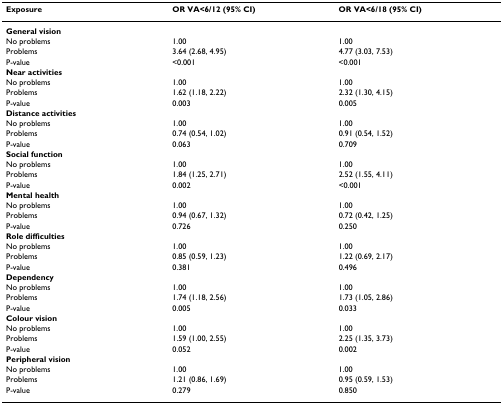
| Exposure | OR VA<6/12 (95% CI) | OR VA<6/18 (95% CI) |
 | --- | --- | --- |
 | General vision |  |  |
 | No problems | 1.00 | 1.00 |
 | Problems | 3.64 (2.68, 4.95) | 4.77 (3.03, 7.53) |
 | P-value | <0.001 | <0.001 |
 | Near activities |  |  |
 | No problems | 1.00 | 1.00 |
 | Problems | 1.62 (1.18, 2.22) | 2.32 (1.30, 4.15) |
 | P-value | 0.003 | 0.005 |
 | Distance activities |  |  |
 | No problems | 1.00 | 1.00 |
 | Problems | 0.74 (0.54, 1.02) | 0.91 (0.54, 1.52) |
 | P-value | 0.063 | 0.709 |
 | Social function |  |  |
 | No problems | 1.00 | 1.00 |
 | Problems | 1.84 (1.25, 2.71) | 2.52 (1.55, 4.11) |
 | P-value | 0.002 | <0.001 |
 | Mental health |  |  |
 | No problems | 1.00 | 1.00 |
 | Problems | 0.94 (0.67, 1.32) | 0.72 (0.42, 1.25) |
 | P-value | 0.726 | 0.250 |
 | Role difficulties |  |  |
 | No problems | 1.00 | 1.00 |
 | Problems | 0.85 (0.59, 1.23) | 1.22 (0.69, 2.17) |
 | P-value | 0.381 | 0.496 |
 | Dependency |  |  |
 | No problems | 1.00 | 1.00 |
 | Problems | 1.74 (1.18, 2.56) | 1.73 (1.05, 2.86) |
 | P-value | 0.005 | 0.033 |
 | Colour vision |  |  |
 | No problems | 1.00 | 1.00 |
 | Problems | 1.59 (1.00, 2.55) | 2.25 (1.35, 3.73) |
 | P-value | 0.052 | 0.002 |
 | Peripheral vision |  |  |
 | No problems | 1.00 | 1.00 |
 | Problems | 1.21 (0.86, 1.69) | 0.95 (0.59, 1.53) |
 | P-value | 0.279 | 0.850 |